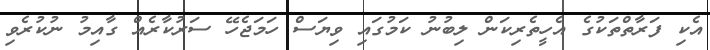
އެކި ފަރާތްތަކުގެ އެހީތެރިކަން ލިބުނު ކަމުގައި ވިޔަސް ހަމަޖެހޭ ސަރުކާރެއް ގާއިމު ނުކުރެވި